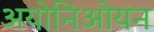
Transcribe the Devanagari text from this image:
अयोनिओयन